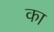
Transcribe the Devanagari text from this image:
का